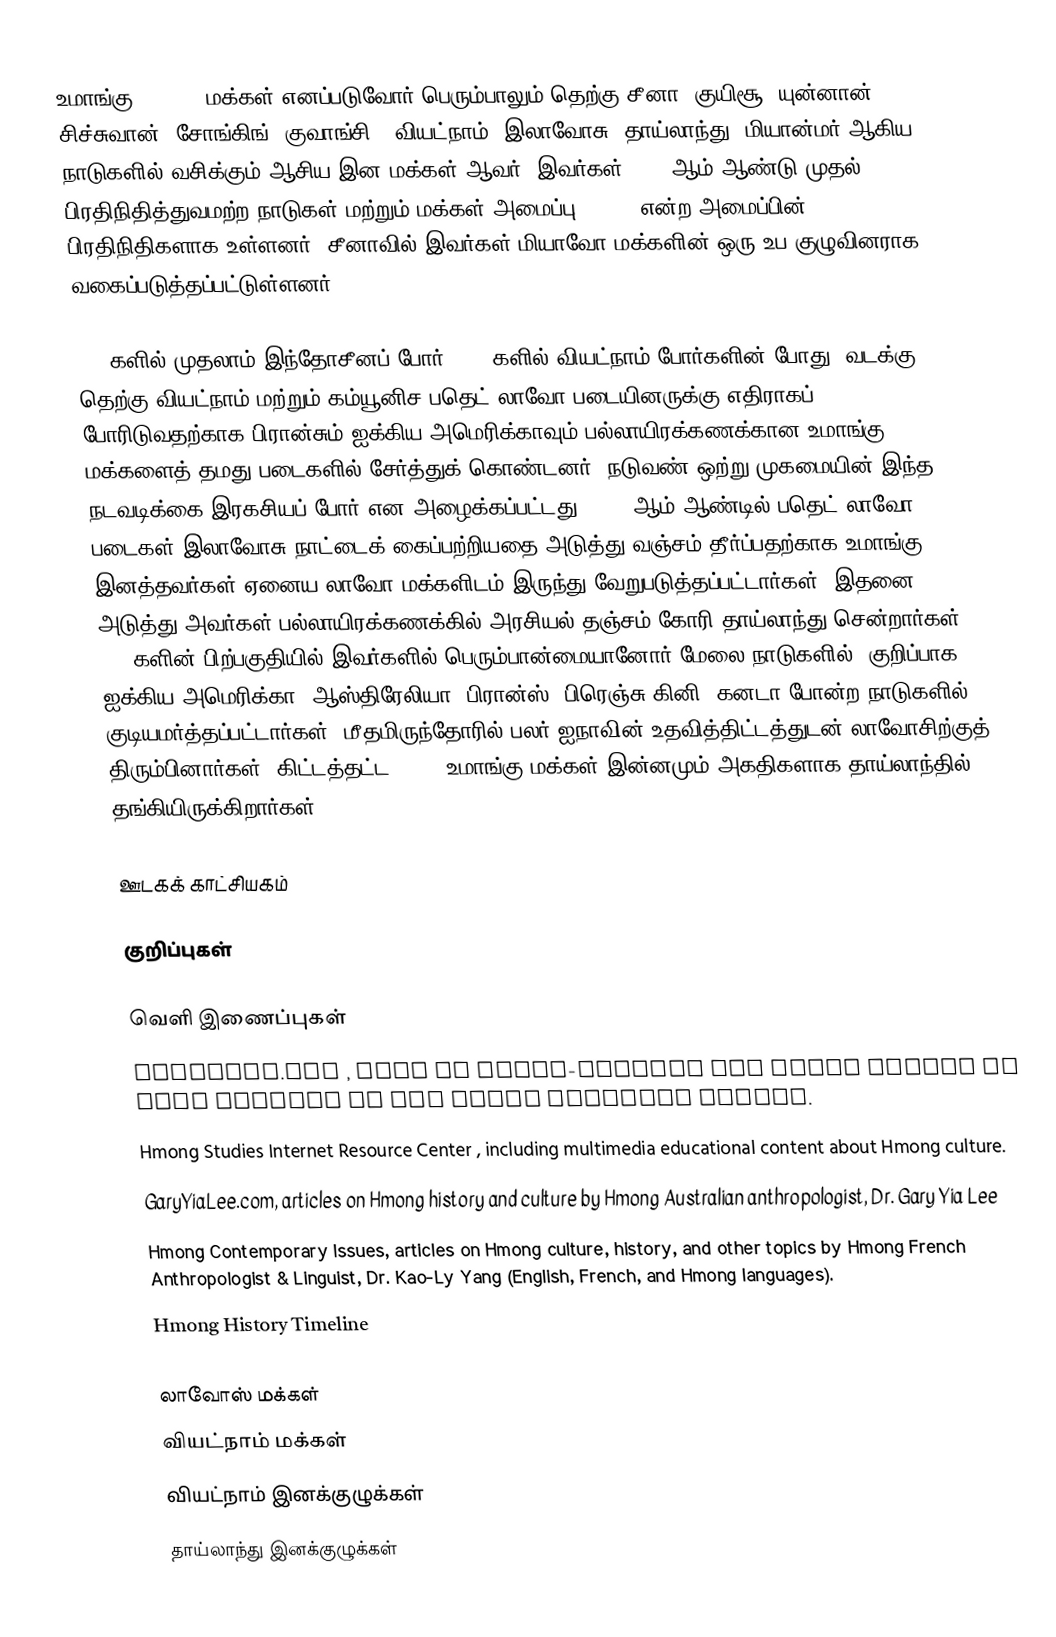
உமாங்கு (Hmong) மக்கள் எனப்படுவோர் பெரும்பாலும் தெற்கு சீனா (குயிசூ, யுன்னான், சிச்சுவான், சோங்கிங், குவாங்சி), வியட்நாம், இலாவோசு, தாய்லாந்து, மியான்மர் ஆகிய நாடுகளில் வசிக்கும் ஆசிய இன மக்கள் ஆவர். இவர்கள் 2007 ஆம் ஆண்டு முதல் பிரதிநிதித்துவமற்ற நாடுகள் மற்றும் மக்கள் அமைப்பு (UNPO) என்ற அமைப்பின் பிரதிநிதிகளாக உள்ளனர். சீனாவில் இவர்கள் மியாவோ மக்களின் ஒரு உப குழுவினராக வகைப்படுத்தப்பட்டுள்ளனர்.

1950களில் முதலாம் இந்தோசீனப் போர், 1970களில் வியட்நாம் போர்களின் போது, வடக்கு, தெற்கு வியட்நாம் மற்றும் கம்யூனிச பதெட் லாவோ படையினருக்கு எதிராகப் போரிடுவதற்காக பிரான்சும் ஐக்கிய அமெரிக்காவும் பல்லாயிரக்கணக்கான உமாங்கு மக்களைத் தமது படைகளில் சேர்த்துக் கொண்டனர். நடுவண் ஒற்று முகமையின் இந்த நடவடிக்கை இரகசியப் போர் என அழைக்கப்பட்டது. 1975 ஆம் ஆண்டில் பதெட் லாவோ படைகள் இலாவோசு நாட்டைக் கைப்பற்றியதை அடுத்து வஞ்சம் தீர்ப்பதற்காக உமாங்கு இனத்தவர்கள் ஏனைய லாவோ மக்களிடம் இருந்து வேறுபடுத்தப்பட்டார்கள். இதனை அடுத்து அவர்கள் பல்லாயிரக்கணக்கில் அரசியல் தஞ்சம் கோரி தாய்லாந்து சென்றார்கள். 1970களின் பிற்பகுதியில் இவர்களில் பெரும்பான்மையானோர் மேலை நாடுகளில், குறிப்பாக ஐக்கிய அமெரிக்கா, ஆஸ்திரேலியா, பிரான்ஸ், பிரெஞ்சு கினி, கனடா போன்ற நாடுகளில் குடியமர்த்தப்பட்டார்கள். மீதமிருந்தோரில் பலர் ஐநாவின் உதவித்திட்டத்துடன் லாவோசிற்குத் திரும்பினார்கள். கிட்டத்தட்ட 8,000 உமாங்கு மக்கள் இன்னமும் அகதிகளாக தாய்லாந்தில் தங்கியிருக்கிறார்கள்.

ஊடகக் காட்சியகம்

குறிப்புகள்

வெளி இணைப்புகள்
 HmongNet.org , list of Hmong-related web sites edited by Mark Pfeifer of the Hmong Cultural Center.
 Hmong Studies Internet Resource Center , including multimedia educational content  about Hmong culture.
 GaryYiaLee.com, articles on Hmong history and culture by Hmong Australian anthropologist, Dr. Gary Yia Lee
 Hmong Contemporary Issues, articles on Hmong culture, history, and other topics by Hmong French Anthropologist & Linguist, Dr. Kao-Ly Yang (English, French, and Hmong languages).
 Hmong History Timeline

லாவோஸ் மக்கள்
வியட்நாம் மக்கள்
வியட்நாம் இனக்குழுக்கள்
தாய்லாந்து இனக்குழுக்கள்